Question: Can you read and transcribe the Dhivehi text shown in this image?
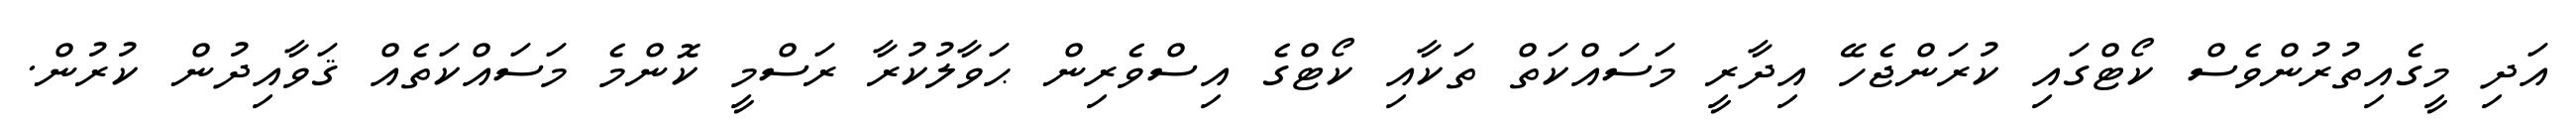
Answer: އަދި މީގެއިތުރުންވެސް ކޯޓްގައި ކުރަންޖެހޭ އިދާރީ މަސައްކަތް ތަކާއި ކޯޓްގެ އިސްވެރިން ޙަވާލުކުރާ ރަސްމީ ކޮންމެ މަސައްކަތެއް ޤަވާއިދުން ކުރުން.